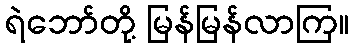
ရဲဘော်တို့ မြန်မြန်လာကြ။